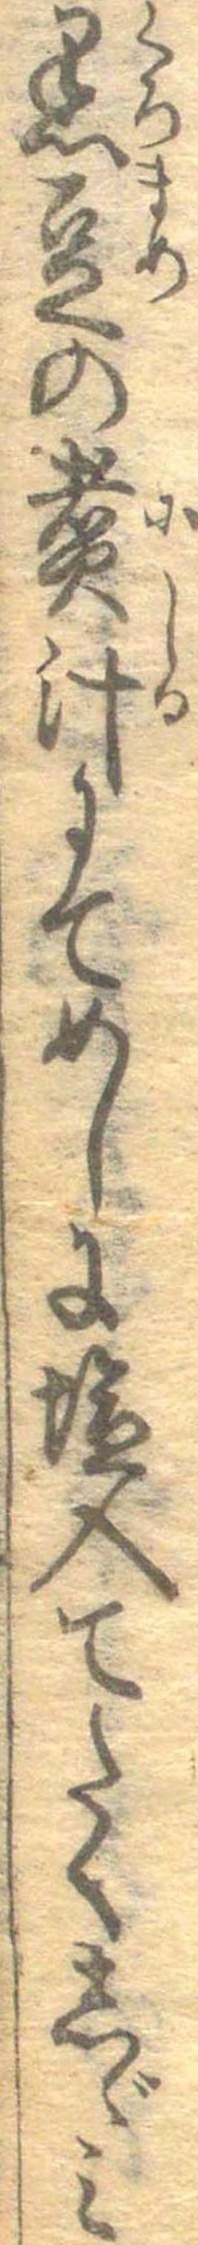
黒豆の煮汁にてめしに塩入てたくしゞみ